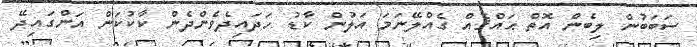
ސަބަބުން ލިބެން އޮތް ޙައްޤެއް ގެއްލޭނަމަ އަލުން ކާޑު ހަދައިދެވެންދެން ކާކުކަން އަންގައިދޭ